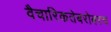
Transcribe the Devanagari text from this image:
वैचारिकतेबरोबरच